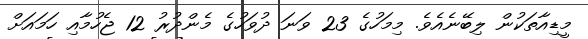
މީޑިއާތަކުން ލިބޭނެއެވެ. މިމަހުގެ 23 ވަނަ ދުވަހުގެ މެންދުރު 12 ޖެހުމާއި ހަމައަށް